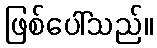
ဖြစ်ပေါ်သည်။